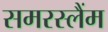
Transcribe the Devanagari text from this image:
समरस्लैंम